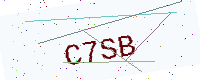
Text: C7SB